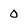
Character: 0